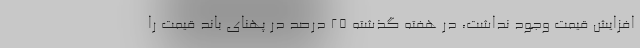
افزایش قیمت وجود نداشت، در هفته گذشته ۲۵ درصد در پهنای باند قیمت را